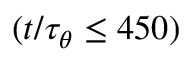
( t / \tau _ { \theta } \leq 4 5 0 )